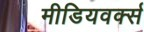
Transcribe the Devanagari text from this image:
मीडियवर्क्स